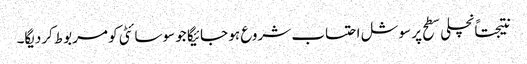
نتیجتاًنچلی سطح پر سوشل احتساب شروع ہو جائیگا جو سوسائٹی کو مربوط کردیگا۔